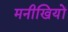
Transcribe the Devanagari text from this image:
मनीखियों